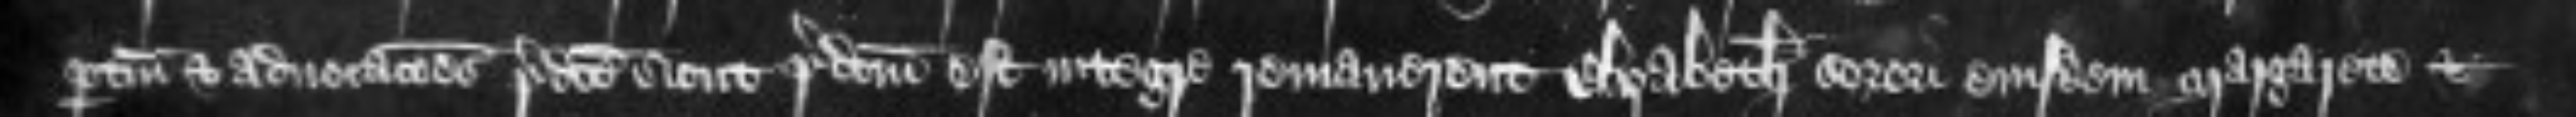
pertinenciis et advocationes predicte sicut predictum est integre remanerent Elizabeth sorori eiusdem Margarete et